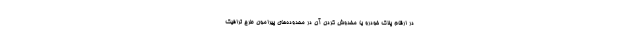
در ارقام پلاک خودرو یا مخدوش کردن آن در محدوده‌های پیرامون طرح ترافیک